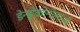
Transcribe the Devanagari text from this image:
डेन्ड्रोक्रोनोलॉजी